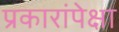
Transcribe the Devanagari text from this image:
प्रकारांपेक्षा